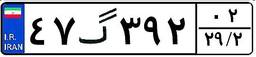
۴۷گ۳۹۲۰۲